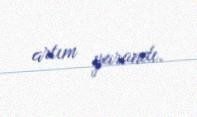
artım yarandı.